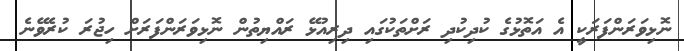
ނޮޅިވަރަންފަރަކީ އެ އަތޮޅުގެ ކުދިކުދި ރަށްތަކުގައި ދިރިއުޅޭ ރައްޔިތުން ނޮޅިވަރަންފަރަށް ހިޖުރަ ކުރެވޭނެ